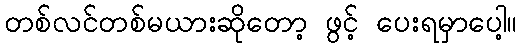
တစ်လင်တစ်မယားဆိုတော့ ဖွင့် ပေးရမှာပေါ့။